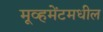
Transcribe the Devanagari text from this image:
मूव्हमेंटमधील